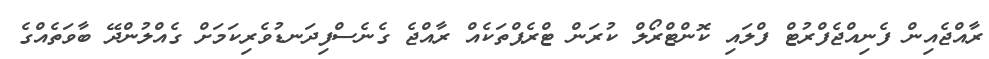
ރާއްޖެއިން ފެނިއްޖެފްރުޓް ފްލައި ކޮންޓްރޯލް ކުރަން ޓްރެޕްތަކެއް ރާއްޖެ ގެނެސްފިދަނޑުވެރިކަމަށް ގެއްލުންދޭ ބާވަތެެއްގެ